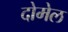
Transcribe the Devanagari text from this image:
दोमेल